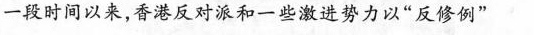
一段时间以来，香港反对派和一些激进势力以”反修例”